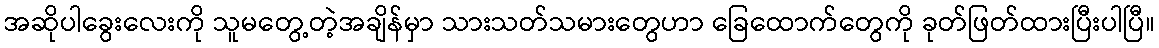
အဆိုပါခွေးလေးကို သူမတွေ့တဲ့အချိန်မှာ သားသတ်သမားတွေဟာ ခြေထောက်တွေကို ခုတ်ဖြတ်ထားပြီးပါပြီ။